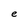
Character: e